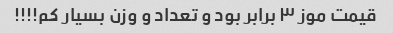
قیمت موز ۳ برابر بود و تعداد و وزن بسیار کم!!!!